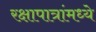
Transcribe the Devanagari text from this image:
रक्षापात्रांमध्ये